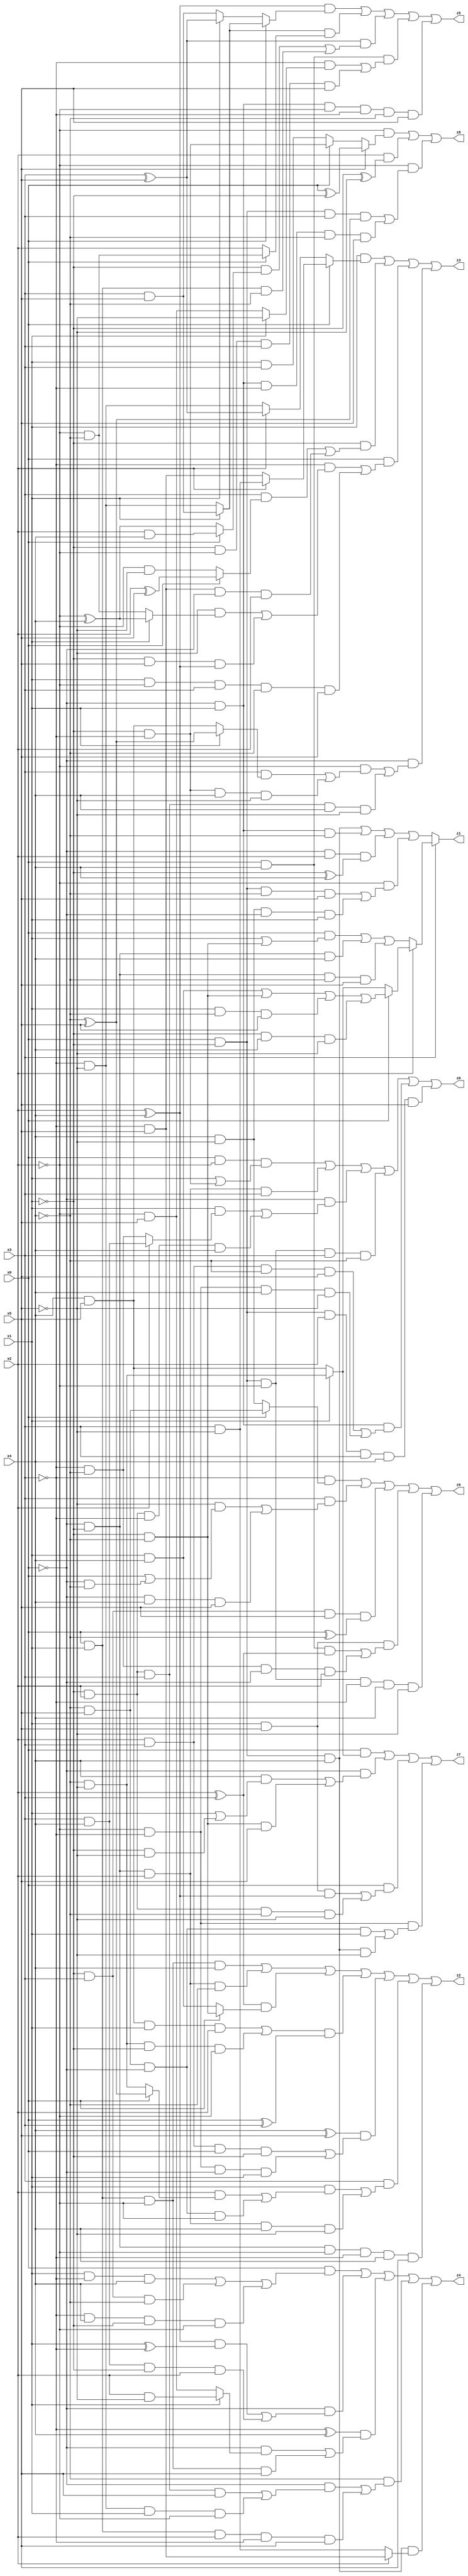
// Benchmark "X_66" written by ABC on Mon Jun 05 23:04:52 2023

module X_66 ( 
    x0, x1, x2, x3, x4, x5,
    z0, z1, z2, z3, z4, z5, z6, z7, z8  );
  input  x0, x1, x2, x3, x4, x5;
  output z0, z1, z2, z3, z4, z5, z6, z7, z8;
  assign z0 = (x0 & ~x2 & (x1 | (~x1 & ~x3))) | (~x0 & ~x1 & x2 & x3) | (~x0 & ((x1 & (x2 ? (x3 & x4) : (~x3 & ~x4))) | (~x1 & x2 & ~x3 & x4))) | (x0 & ~x1 & ~x2 & x3 & ~x4) | (~x0 & x1 & ((x2 & x3 & ~x4 & x5) | (~x2 & ~x3 & x4 & ~x5))) | (x0 & ~x1 & x2 & x3 & x4 & x5);
  assign z1 = x3 ? (x2 ? (x0 ? ((x1 & x4) | (~x1 & ~x4) | (x1 & ~x4 & x5) | (~x1 & x4 & ~x5)) : (x1 ? (~x4 & ~x5) : (x4 & x5))) : ((x0 & (x1 | (~x1 & ~x4))) | (~x0 & ~x1 & x4) | (~x0 & ~x1 & ~x4 & x5))) : ((x0 & ~x1 & x4) | (~x0 & x1 & ~x4) | (~x0 & x2 & (~x1 ^ x4)) | (~x2 & ((x0 & ~x1 & ~x4 & x5) | (x4 & ~x5 & ~x0 & x1))));
  assign z2 = (x0 & x1 & ~x2 & x4) | (~x0 & ~x1 & x2 & ~x4) | ((x2 ^ x3) & (x0 ? (~x1 & ~x4) : (x1 & x4))) | (((x4 & x5 & x1 & x2) | (~x4 & ~x5 & ~x1 & ~x2)) & (x0 ^ x3)) | ((x4 ^ x5) & ((x2 & x3 & x0 & ~x1) | (~x2 & ~x3 & ~x0 & x1))) | (x3 & ((x1 & ((x2 & (x0 ? (~x4 ^ x5) : (~x4 & ~x5))) | (~x4 & x5 & ~x0 & ~x2))) | (~x0 & ~x1 & x2 & x4 & ~x5))) | (~x0 & ~x1 & ~x2 & ~x3 & x4 & x5);
  assign z3 = (x1 & (x0 ? (x2 ? (x3 & ~x5) : (~x3 & x5)) : (x2 ? (x3 ^ x5) : (~x3 & ~x5)))) | (~x1 & ((x3 & (x0 ? (x2 ^ x5) : (~x2 & ~x5))) | (~x3 & x5 & ~x0 & x2))) | (x0 & ((~x3 & ((~x5 & (x1 ? (~x2 ^ x4) : (~x2 & ~x4))) | (~x1 & x5 & (x2 ^ x4)))) | (x1 & ~x2 & x3 & ~x4 & x5))) | (~x0 & ((~x2 & ((x3 & (x1 ? (~x4 ^ x5) : (x4 & x5))) | (~x1 & ~x3 & x4 & ~x5))) | (~x1 & x2 & x3 & x4 & ~x5)));
  assign z4 = (x0 & ((x1 & ~x3 & x4) | (~x1 & x3 & ~x4) | (~x3 & x4 & ~x1 & ~x2))) | (~x0 & (((x2 ^ x4) & (x1 ^ ~x3)) | (x3 & x4 & ~x1 & x2))) | ((~x3 ^ x4) & ((~x0 & (x1 ? (x2 & ~x5) : (~x2 & x5))) | (x0 & x1 & ~x2 & x5))) | (~x4 & ((~x0 & ((~x1 & x2 & x3 & x5) | (~x3 & ~x5 & x1 & ~x2))) | (x0 & x1 & x2 & ~x3 & x5))) | (x0 & ~x1 & x4 & (x2 ? (~x3 & x5) : (x3 & ~x5)));
  assign z5 = ((x2 ^ x4) & (x0 ? (x1 ? (x3 & x5) : (~x3 & ~x5)) : (x1 ? (x3 ^ x5) : (x3 & x5)))) | ((x1 ? (x3 & x5) : (~x3 & ~x5)) & (x0 ? (~x2 & ~x4) : x2)) | ((x3 ^ x5) & ((~x1 & (x0 ? (x2 & x4) : (~x2 ^ x4))) | (x0 & x1 & ~x4))) | (x0 & x4 & ((~x3 & (x1 ? ~x5 : (~x2 & x5))) | (~x1 & ~x2 & x3 & x5))) | (~x0 & x1 & ~x2 & ~x3 & ~x4 & x5);
  assign z6 = (~x3 & (x0 ? (~x4 & x5) : (x4 & ~x5))) | (x3 & ((~x5 & (x0 | (~x0 & ~x4))) | (~x0 & x4 & x5))) | (~x1 & x3 & x5 & (x0 ^ ~x4)) | (x1 & x5 & ((x0 & x4 & (x2 ^ x3)) | (~x3 & ~x4 & ~x0 & x2))) | (x0 & ~x1 & ~x2 & ~x3 & x4 & ~x5);
  assign z7 = (x0 & (x1 ? (~x4 & ~x5) : (x4 & x5))) | (~x0 & ((x4 & (x1 | (~x1 & ~x5))) | (~x1 & ~x4 & x5))) | (x0 & ((x1 & x5 & (x2 ^ x4)) | (~x1 & x2 & ~x4 & ~x5))) | (~x2 & ~x3 & ((~x4 & x5 & ~x0 & x1) | (x0 & ~x1 & x4 & ~x5)));
  assign z8 = (~x2 & (x5 ? (x0 ^ ~x1) : (x0 ? (~x1 & ~x3) : (x1 & x3)))) | (x2 & (~x1 ^ ~x5)) | (~x2 & ((x0 & ~x1 & x3 & (~x4 ^ x5)) | (~x0 & x1 & ~x3 & ~x4 & x5)));
endmodule